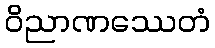
ဝိညာဏဿေတံ